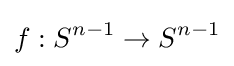
f:S^{n-1}\to S^{n-1}